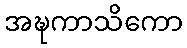
အဍ္ဎကာသိကော